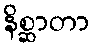
နိစ္ဆာတာ